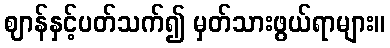
ဈာန်နှင့်ပတ်သက်၍ မှတ်သားဖွယ်ရာများ။